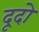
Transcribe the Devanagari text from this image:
दूदो